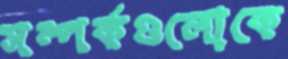
সম্পর্কগুলোকে